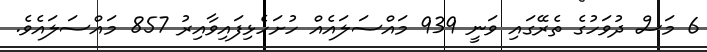
6 މަސް ދުވަހުގެ ތެރޭގައި ވަނީ 939 މައްސަލައެއް ހުށަހެޅިފައިވާއިރު 857 މައްސަލައެވެ.